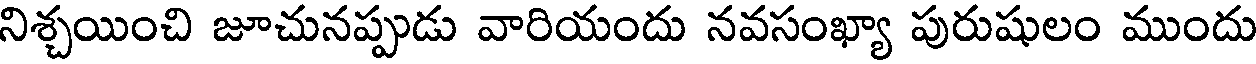
నిశ్చయించి జూచునప్పుడు వారియందు నవసంఖ్యా పురుషులం ముందు